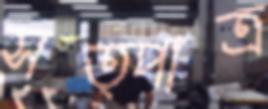
সত্পাত্র